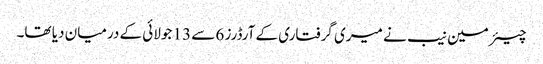
چیئرمین نیب نے میری گرفتاری کے آرڈرز 6 سے 13 جولائی کے درمیان دیا تھا۔